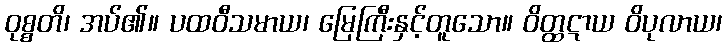
ဝုစ္စတိ၊ အပ်၏။ ပထဝီသမာယ၊ မြေကြီးနှင့်တူသော။ ဝိတ္ထဋာယ ဝိပုလာယ၊